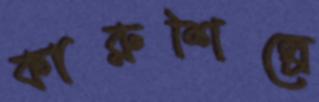
কারুশিল্পে